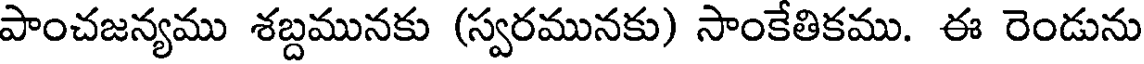
పాంచజన్యము శబ్దమునకు (స్వరమునకు) సాంకేతికము. ఈ రెండును